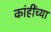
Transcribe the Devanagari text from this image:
कांहींच्या